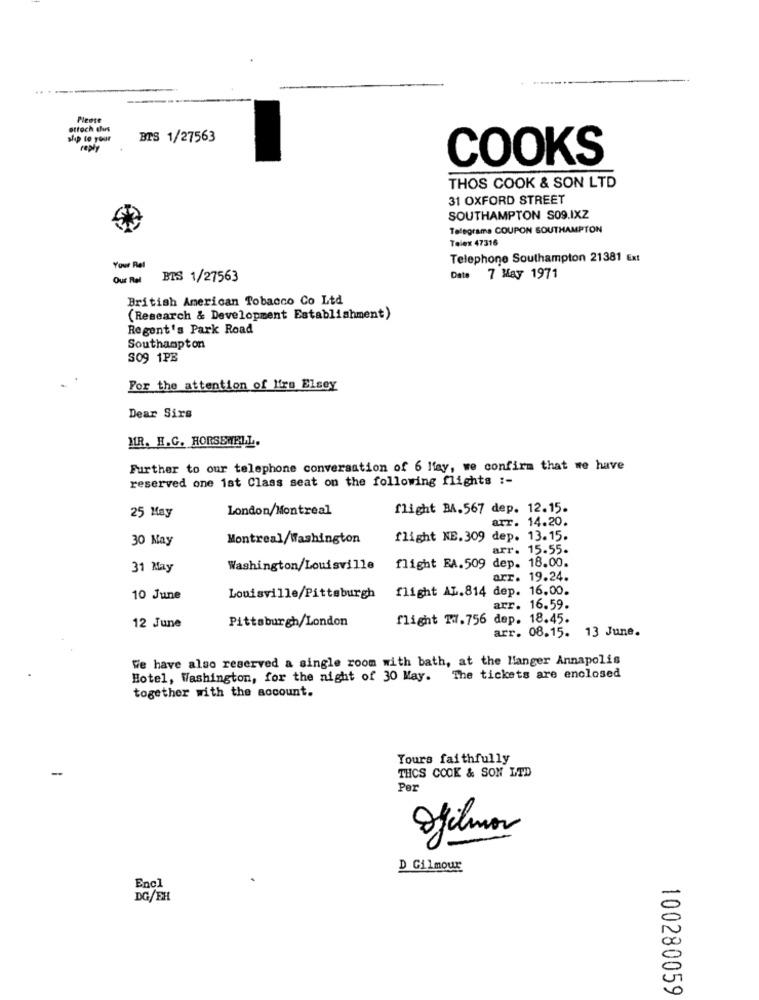
Please
ottoch thurs
ship to your
BTS 1/27563
reply
COOKS
THOS COOK & SON LTD
31 OXFORD STREET
SOUTHAMPTON S09.IXZ
Telegrama COUPON SOUTHAMPTON
Telex 47316
Telephone Southampton 21381 Ext
Your Rel
Our Rel
BTS 1/27563
Date 7 May 1971
British American Tobacco Co Ltd
(Research & Development Establishment)
Regent's Park Road
Southampton
SO9 1PB
For the attention of Mrs Elsey
Dear Sirs
MR. H.G. HORSEWELL.
Further to our telephone conversation of 6 Mfay, we confirm that we have
reserved one 1st Class seat on the following flights :-
London/Montreal
flight BA.567 dep. 12.15.
25 May
arr. 14.20.
30 May
Montreal/Washington
flight NE.309 dep. 13.15.
arr. 15.55.
31 May
Washington/Louisville
flight EA.509 dep. 18.00.
arr. 19.24.
flight AL.814 dep. 16.00.
10 June
Louisville/Pittsburgh
arr. 16.59.
Pittsburgh/London
flight 17.756 dep. 18.45.
12 June
arr. 08.15. 13 June.
We have also reserved a single room with bath, at the Manger Annapolis
Hotel, Washington, for the night of 30 May.
The tickets are enclosed
together with the account.
Yours faithfully
-
THCS COOK & SON LTD
Per
D Gilmour
0
Encl
DG/EH
100280059